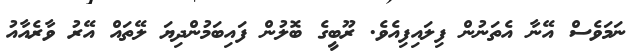
ނަމަވެސް އޭނާ އެތަނުން ފިލައިފިއެވެ. ރޫބީގެ ބޮލުން ފައިބަމުންދިޔަ ލޭތައް އޭރު ވާރެއާއު